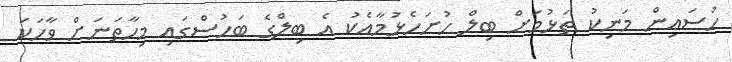
ހުސައިން މަނިކު ތަޅުމަށް ބިލް ހުށަހެޅުމާއެކު އެ ބިލްގެ ބަހުސްގައި މިހާތަނަށް ވާހަކަ